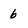
Character: 6